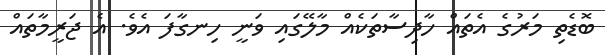
ބޮޑެތި މަރުގެ އެތައް ހާދިސާތަކެއް މާލޭގައި ވަނީ ހިނގާފަ އެވެ. އެ ޖަރީމާތައް